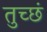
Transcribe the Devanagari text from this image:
तुच्छं